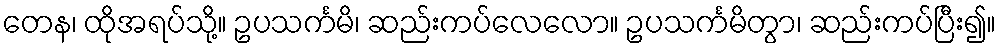
တေန၊ ထိုအရပ်သို့။ ဥပသင်္ကမိ၊ ဆည်းကပ်လေလော။ ဥပသင်္ကမိတွာ၊ ဆည်းကပ်ပြီး၍။